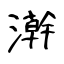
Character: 澣